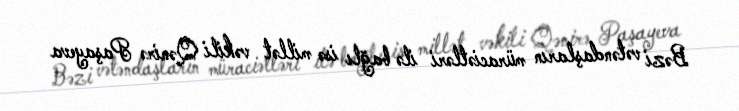
Bəzi vətəndaşların müraciətləri ilə bağlı isə millət vəkili Qənirə Paşayeva